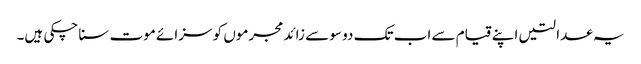
یہ عدالتیں اپنے قیام سے اب تک دو سو سے زائد مجرموں کو سزائے موت سنا چکی ہیں۔